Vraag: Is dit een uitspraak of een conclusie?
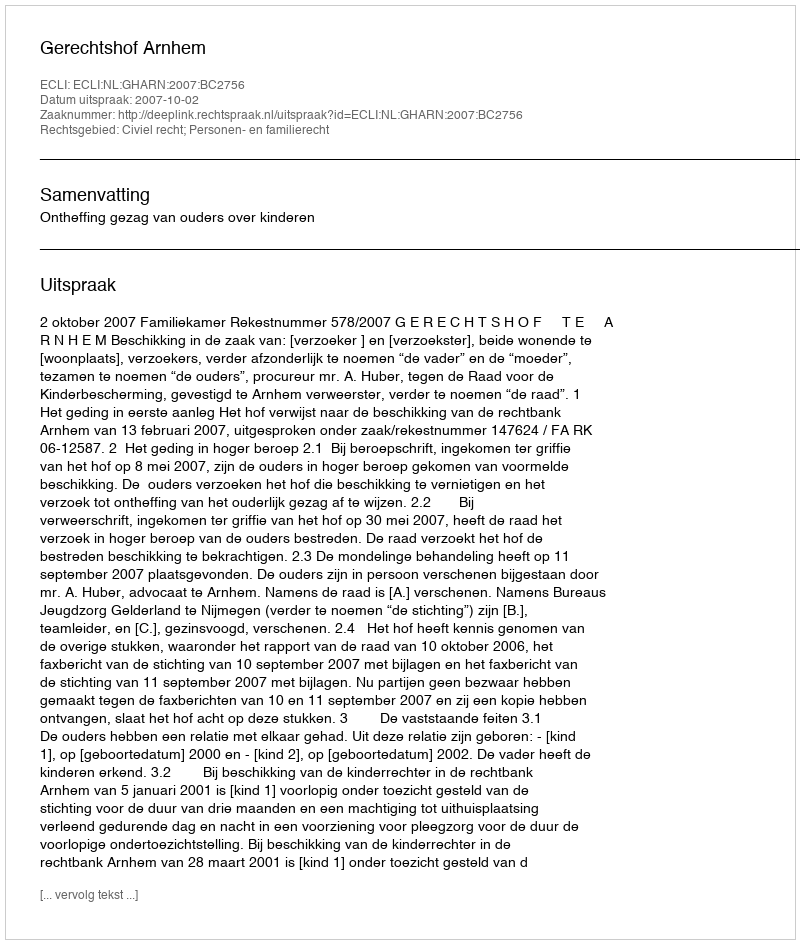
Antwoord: Uitspraak